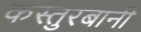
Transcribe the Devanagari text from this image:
कस्तुरबांनी